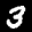
Label: 3